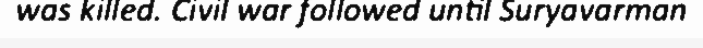
was killed. Civil war followed until Suryavarman